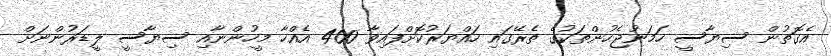
އެގޮތުން ސިޔާސީ ހަމަނުޖެހުންތަކުގެ ތެރޭގައި ހައްޔަރުކޮށްފައިވާ 400 އެއްހާ މީހުންނާއި ސިޔާސީ ލީޑަރުންނަށް